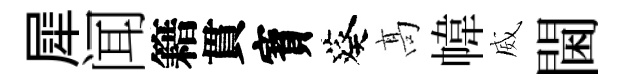
犀闻籍貫寳葵髙幃威閫